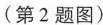
( 第 2 题图 )